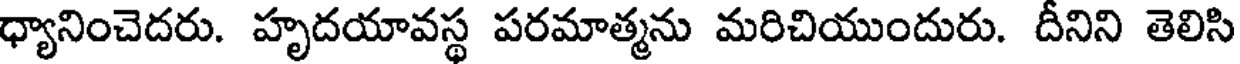
ధ్యానించెదరు. హృదయావస్థ పరమాత్మను మరిచియుందురు. దీనిని తెలిసి